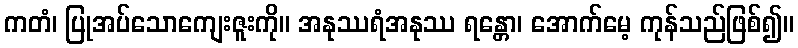
ကတံ၊ ပြုအပ်သောကျေးဇူးကို။ အနုဿရံအနုဿ ရန္တော၊ အောက်မေ့ ကုန်သည်ဖြစ်၍။